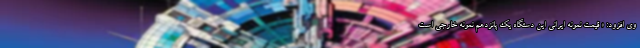
وی افزود:‌ « قیمت نمونه ایرانی این دستگاه یک پانزدهم نمونه خارجی است